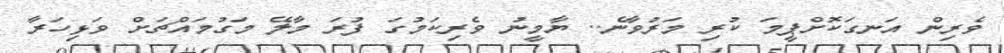
ވެރިން އަނގަކޮށްޕީމަ ކުރި މަރުވާނެ.. ޔާމީނު ވެރިކަމުގަ ފުރަ މާލޭ މަގުމައްޗަށް ވަޅިހަރާ